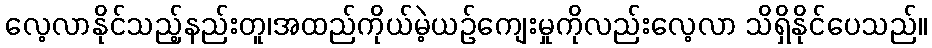
လေ့လာနိုင်သည့်နည်းတူ၊အထည်ကိုယ်မဲ့ယဉ်ကျေးမှုကိုလည်းလေ့လာ သိရှိနိုင်ပေသည်။